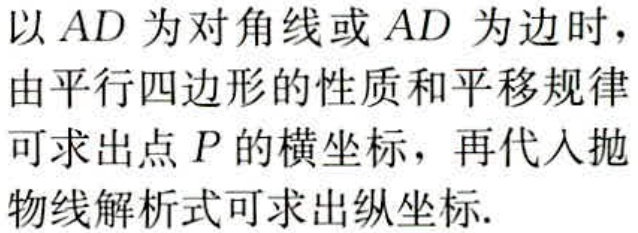
以 \(AD\) 为对角线或 \(AD\) 为边时，由平行四边形的性质和平移规律可求出点 \(P\) 的横坐标，再代入抛物线解析式可求出纵坐标.